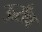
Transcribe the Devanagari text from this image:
ऊराँव